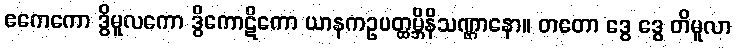
ဧကေကော ဒွိမူလကော ဒွိကောဋိကော ယာနကဥပတ္ထမ္ဘိနိသဏ္ဌာနော။ တတော ဒွေ ဒွေ တိမူလာ